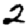
Digit: 2